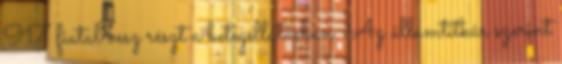
917 fiatal vesz részt a betegellátásban. Az államtitkár szerint